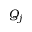
Q _ { j }